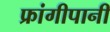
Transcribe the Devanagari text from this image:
फ्रांगीपानी